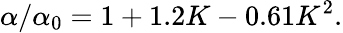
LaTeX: {\alpha}/{\alpha_{0}}=1+1.2K-0.61K^{2}.